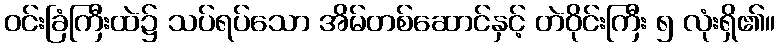
ဝင်းခြံကြီးထဲ၌ သပ်ရပ်သော အိမ်တစ်ဆောင်နှင့် တဲဝိုင်းကြီး ၅ လုံးရှိ၏။